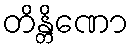
တိန္တိဏော